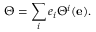
\Theta = \sum _ { i } e _ { i } \Theta ^ { i } ( \mathbf { e } ) .